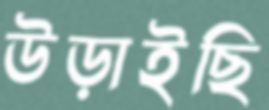
উড়াইছি